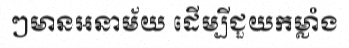
ៗមានអនាម័យ ដើម្បីជួយកម្លាំង